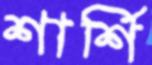
শার্শি